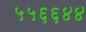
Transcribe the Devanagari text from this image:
५५६६४४